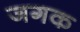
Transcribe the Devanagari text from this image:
जगक